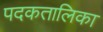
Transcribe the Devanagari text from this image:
पदकतालिका